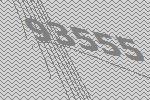
93555